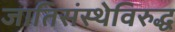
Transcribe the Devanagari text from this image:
जातिसंस्थेविरुद्ध